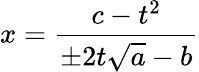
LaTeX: x={\frac{c-t^{2}}{\pm 2t{\sqrt{a}}-b}}